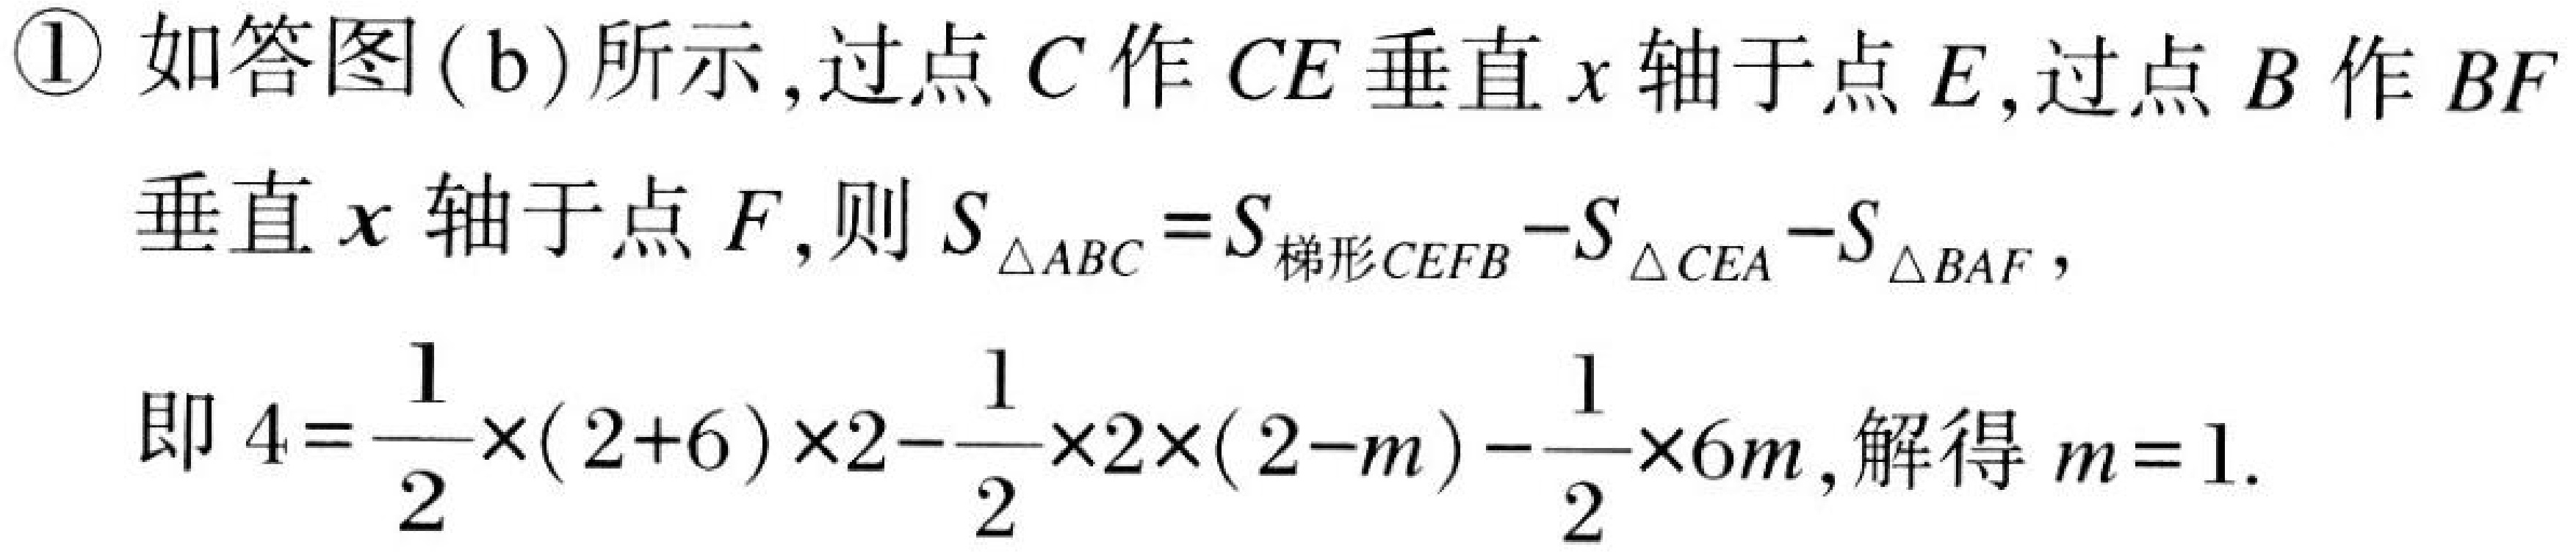
\textcircled{1}如答图(b)所示,过点$C$作$CE$垂直$x$轴于点$E$,过点$B$作$BF$
垂直$x$轴于点$F$,则$S_{\triangle ABC}=S_{梯形CEFB}-S_{\triangle CEA}-S_{\triangle BAF}$,
即$4 = \frac{1}{2}\times(2 + 6)\times2-\frac{1}{2}\times2\times(2 - m)-\frac{1}{2}\times6m$,解得$m = 1$.